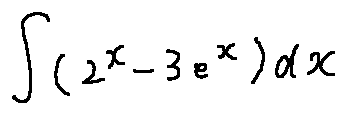
\int ( 2 ^ { x } - 3 e ^ { x } ) d x